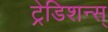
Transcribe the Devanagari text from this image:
ट्रेडिशन्स्‌